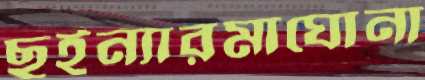
ছইন্যারমাঘোনা